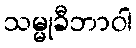
သမ္မုခီဘာဝါ